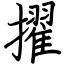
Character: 擢